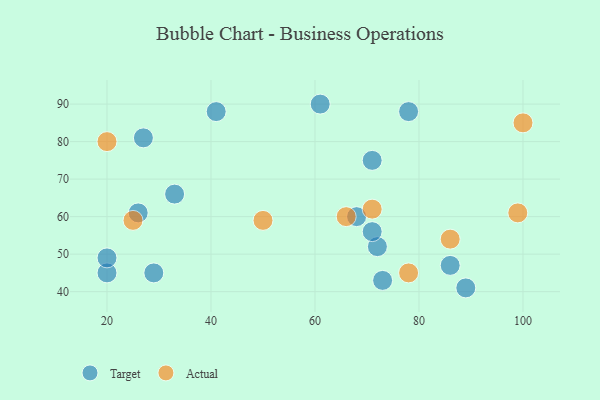
{"axis": {"x": "GDP", "y": "Life Expectancy"}, "legend": ["Actual", "Target"], "data": [{"x": "29", "y": 45, "type": "Target"}, {"x": "71", "y": 75, "type": "Target"}, {"x": "86", "y": 47, "type": "Target"}, {"x": "33", "y": 66, "type": "Target"}, {"x": "73", "y": 43, "type": "Target"}, {"x": "27", "y": 81, "type": "Target"}, {"x": "72", "y": 52, "type": "Target"}, {"x": "71", "y": 56, "type": "Target"}, {"x": "26", "y": 61, "type": "Target"}, {"x": "61", "y": 90, "type": "Target"}, {"x": "68", "y": 60, "type": "Target"}, {"x": "89", "y": 41, "type": "Target"}, {"x": "41", "y": 88, "type": "Target"}, {"x": "20", "y": 45, "type": "Target"}, {"x": "20", "y": 49, "type": "Target"}, {"x": "78", "y": 88, "type": "Target"}, {"x": "71", "y": 62, "type": "Actual"}, {"x": "100", "y": 85, "type": "Actual"}, {"x": "86", "y": 54, "type": "Actual"}, {"x": "66", "y": 60, "type": "Actual"}, {"x": "20", "y": 80, "type": "Actual"}, {"x": "99", "y": 61, "type": "Actual"}, {"x": "78", "y": 45, "type": "Actual"}, {"x": "50", "y": 59, "type": "Actual"}, {"x": "25", "y": 59, "type": "Actual"}]}